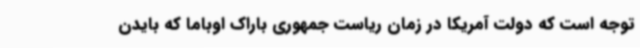
توجه است که دولت آمریکا در زمان ریاست جمهوری باراک اوباما که بایدن